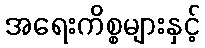
အရေးကိစ္စများနှင့်